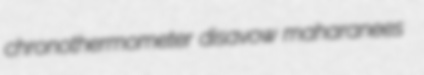
chronothermometer disavow maharanees